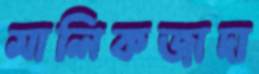
মালিকজাদা